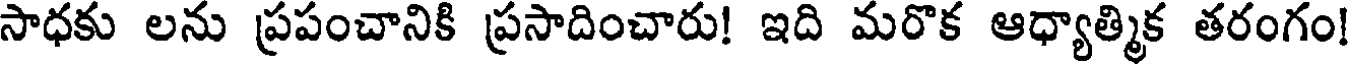
సాధకు లను ప్రపంచానికి ప్రసాదించారు! ఇది మరొక ఆధ్యాత్మిక తరంగం!